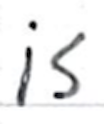
Text: is
Cross-out: clean
Writing tool: ballpoint